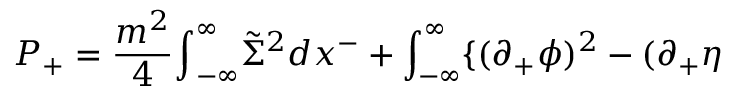
P _ { + } = { \frac { m ^ { 2 } } { 4 } } { \int } _ { - { \infty } } ^ { \infty } \tilde { \Sigma } ^ { 2 } d x ^ { - } + \int _ { - { \infty } } ^ { \infty } \{ ( { \partial } _ { + } { \phi } ) ^ { 2 } - ( { \partial } _ { + } { \eta }